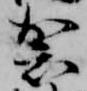
袈